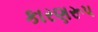
કારણરૂપ